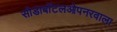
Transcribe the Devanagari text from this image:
सोडाबॉटलओपनरवाला